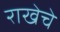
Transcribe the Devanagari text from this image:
राखेचे